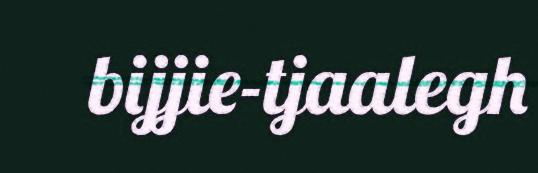
bijjie-tjaalegh